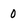
Character: 0